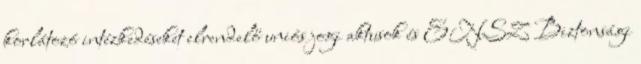
korlátozó intézkedéseket elrendelő uniós jogi aktusok és ENSZ Biztonsági